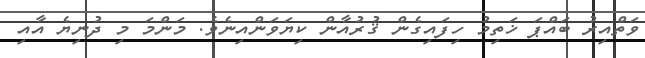
ވަތްއިރު ބައްޕަ ޚަތިމު ހިފައިގެން ޤުރުއާން ކިޔަވަންއިނެވެ. މަންމަ މި ދުނިޔެ އާއި